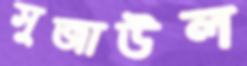
সুজাউল